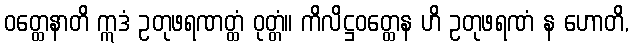
ဝတ္ထေနာတိ ဣဒံ ဥတုဖရဏတ္ထံ ဝုတ္တံ။ ကိလိဋ္ဌဝတ္ထေန ဟိ ဥတုဖရဏံ န ဟောတိ,